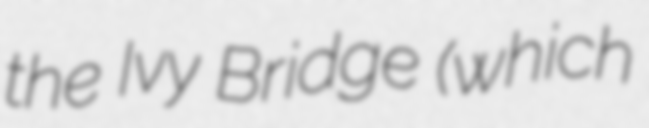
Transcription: the Ivy Bridge (which